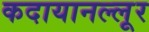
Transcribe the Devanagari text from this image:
कदायानल्लूर